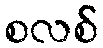
စလစ်